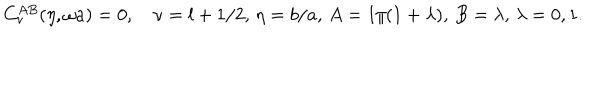
C _ { \nu } ^ { A B } ( \eta , \omega a ) = 0 , \quad \nu = l + 1 / 2 , \, \eta = b / a , \, A = 1 / ( 1 + \lambda ) , \, B = \lambda , \, \lambda = 0 , 1 .